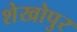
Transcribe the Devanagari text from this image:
शेखोपुर